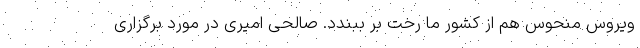
ویروس منحوس هم از کشور ما رخت بر ببندد. صالحی امیری در مورد برگزاری